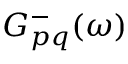
G _ { p q } ^ { - } ( \omega )